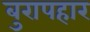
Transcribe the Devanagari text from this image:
बुरापहार